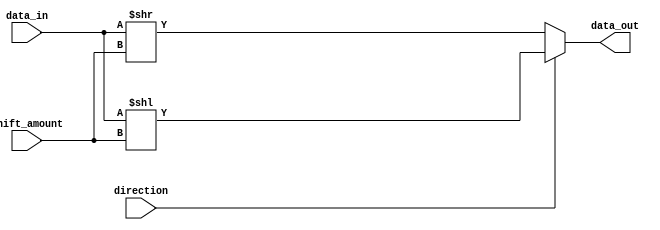
module barrel_shifter(
    input [31:0] data_in,
    input [4:0] shift_amount,
    input direction,
    output reg [31:0] data_out
);

reg [31:0] shifted_data;

always @(*) begin
    if(direction == 1'b0) begin // Right shift
        shifted_data = data_in >> shift_amount;
    end else begin // Left shift
        shifted_data = data_in << shift_amount;
    end
end

assign data_out = shifted_data;

endmodule